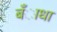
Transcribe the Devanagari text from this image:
बँाधा